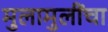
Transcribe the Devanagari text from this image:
मुलामुलींचा